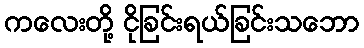
ကလေးတို့ ငိုခြင်းရယ်ခြင်းသဘော